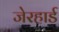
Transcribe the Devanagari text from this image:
जेरहार्ड